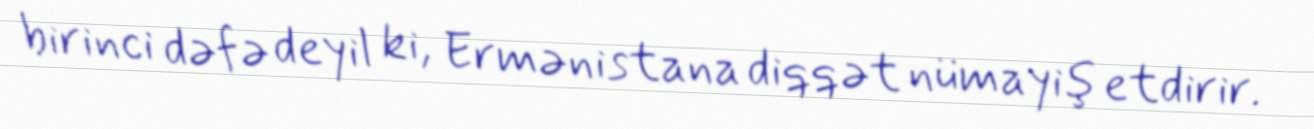
birinci dəfə deyil ki, Ermənistana diqqət nümayiş etdirir.